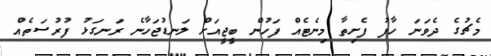
މެޗުގެ ދެވަނަ ހާފު ފެށިތާ މިނެޓެއް ފަހުން ބީޖީއަށް ލަނޑުޖަހާނެ ރަނގަޅު ފުރުސަތެއް